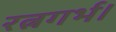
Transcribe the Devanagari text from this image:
रत्नगर्भ।